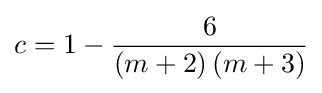
c=1-{\frac {6}{\left(m+2\right)\left(m+3\right)}}